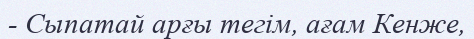
- Сыпатай арғы тегім, ағам Кенже,